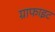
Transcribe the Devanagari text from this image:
ग्राफाइट